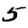
Digit: 5